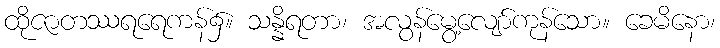
ထိုဇာတဿရရေကန်၌။ သန္နိရတာ၊ အလွန်မွေ့လျော်ကုန်သော။ ခေမိနော၊